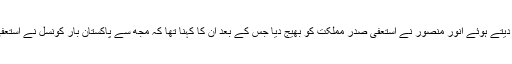
گزشتہ روز استعفیٰ دیتے ہوئے انور منصور نے استعفیٰ صدر مملکت کو بھیج دیا جس کے بعد ان کا کہنا تھا کہ مجھ سے پاکستان بار کونسل نے استعفیٰ کا مطالبہ کیا تھا۔